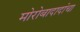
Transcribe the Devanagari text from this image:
मोरोबादादांचा